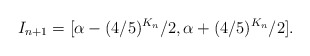
\begin{align*}I_{n+1} = [\alpha - (4/5)^{K_n}/2, \alpha + (4/5)^{K_n}/2].\end{align*}